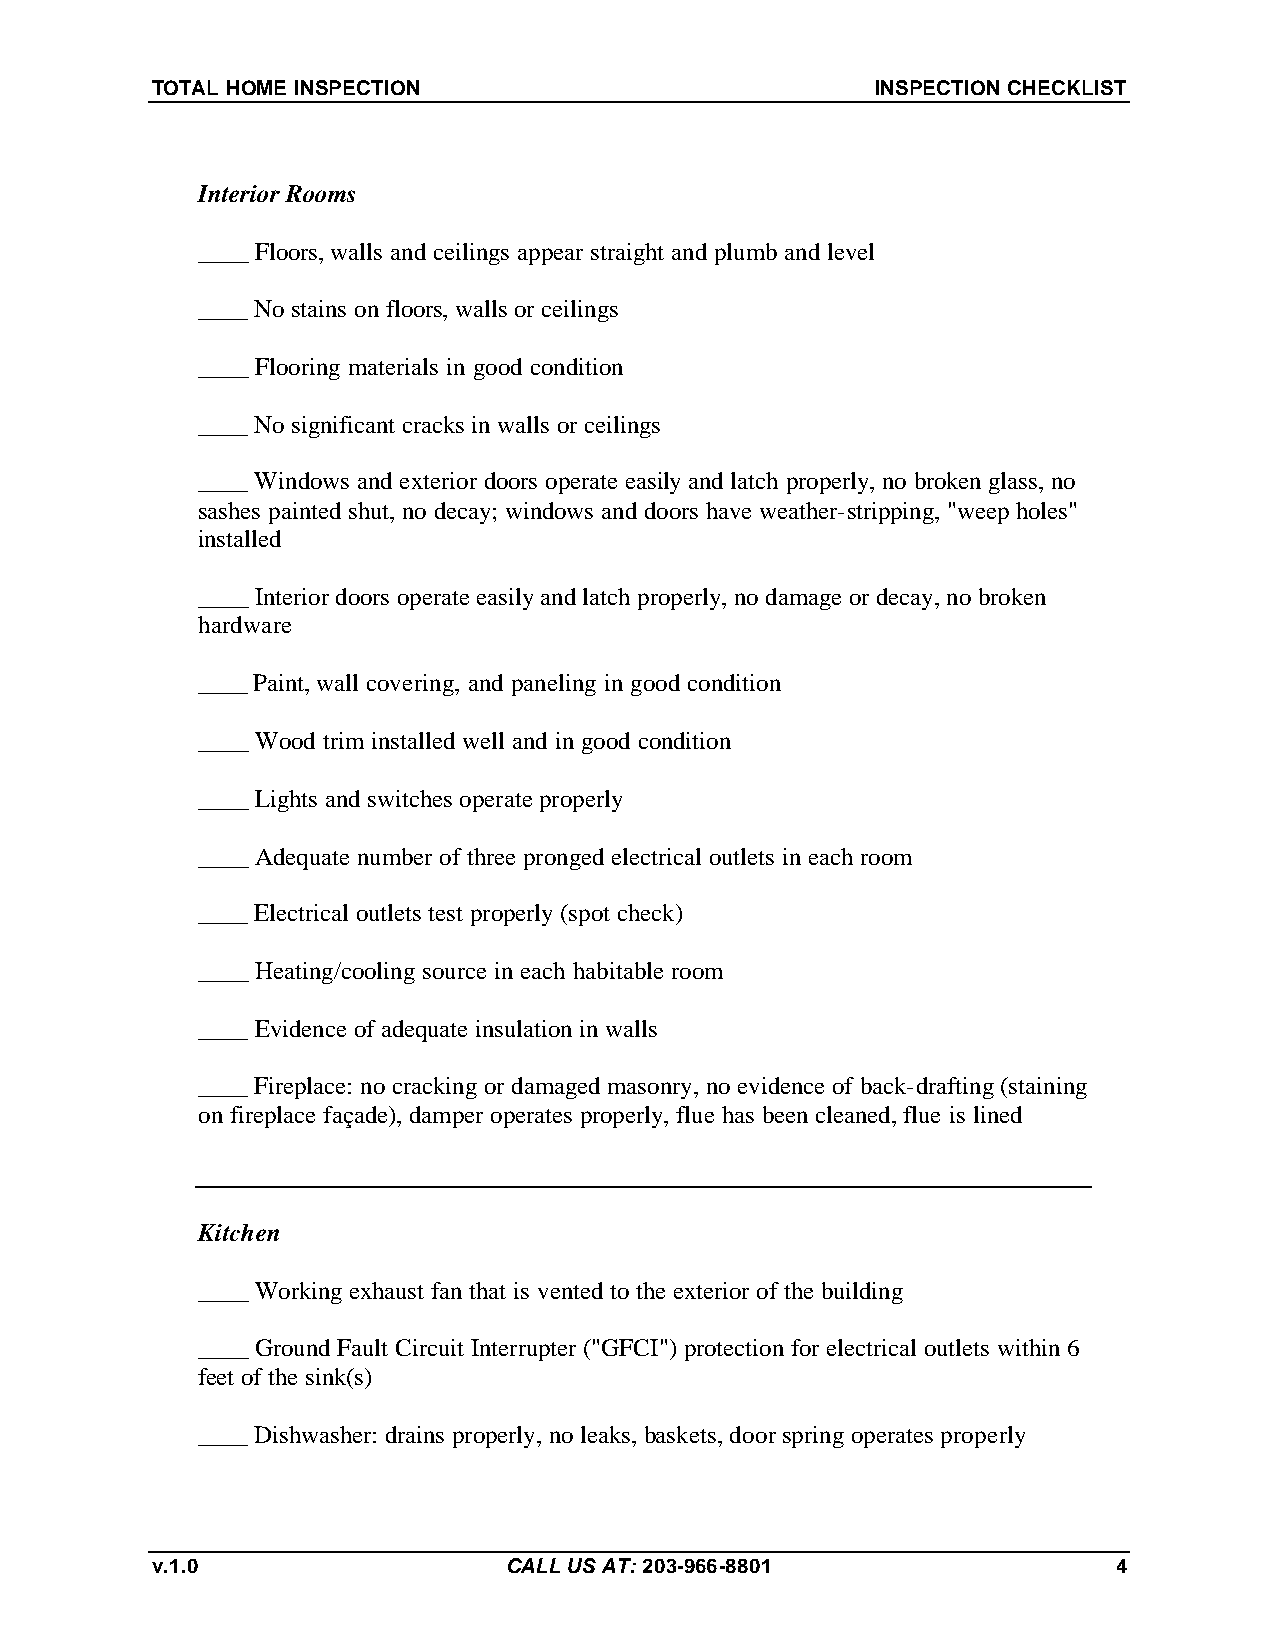
TOTAL HOME INSPECTION                           INSPECTION CHECKLIST
 Interior Rooms
 ____ Floors, walls and ceilings appear straight and plumb and level
 ____ No stains on floors, walls or ceilings
 ____ Flooring materials in good condition
 ____ No significant cracks in walls or ceilings
 ____ Windows and exterior doors operate easily and latch properly, no broken glass, no
 sashes painted shut, no decay; windows and doors have weather-stripping, "weep holes"
 installed
 ____ Interior doors operate easily and latch properly, no damage or decay, no broken
 hardware
 ____ Paint, wall covering, and paneling in good condition
 ____ Wood trim installed well and in good condition
 ____ Lights and switches operate properly
 ____ Adequate number of three pronged electrical outlets in each room
 ____ Electrical outlets test properly (spot check)
 ____ Heating/cooling source in each habitable room
 ____ Evidence of adequate insulation in walls
 ____ Fireplace: no cracking or damaged masonry, no evidence of back-drafting (staining
 on fireplace façade), damper operates properly, flue has been cleaned, flue is lined
 Kitchen
 ____ Working exhaust fan that is vented to the exterior of the building
 ____ Ground Fault Circuit Interrupter ("GFCI") protection for electrical outlets within 6
 feet of the sink(s)
 ____ Dishwasher: drains properly, no leaks, baskets, door spring operates properly
 v.1.0                   CALL US AT: 203-966-8801                4